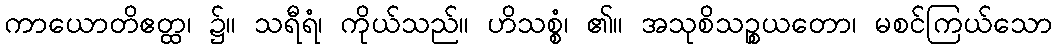
ကာယောတိဧတ္ထ၊ ၌။ သရီရံ၊ ကိုယ်သည်။ ဟိသစ္စံ၊ ၏။ အသုစိသဉ္စယတော၊ မစင်ကြယ်သော